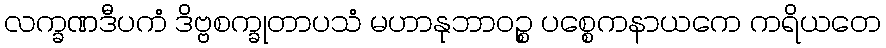
လက္ခဏဒီပကံ ဒိဗ္ဗစက္ခုတာပသံ မဟာနုဘာဝဉ္စ ပစ္စေကနာယကေ ကရိယတေ